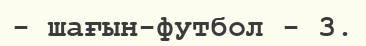
- шағын-футбол - 3.